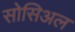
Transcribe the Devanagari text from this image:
सोसिअल